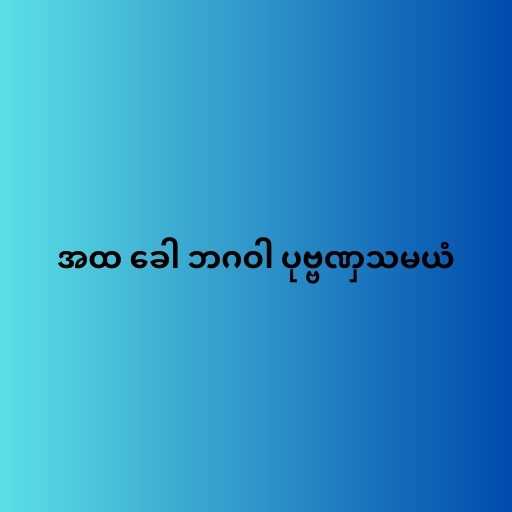
အထ ခေါ ဘဂဝါ ပုဗ္ဗဏှသမယံ